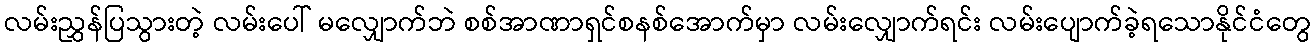
လမ်းညွှန်ပြသွားတဲ့ လမ်းပေါ် မလျှောက်ဘဲ စစ်အာဏာရှင်စနစ်အောက်မှာ လမ်းလျှောက်ရင်း လမ်းပျောက်ခဲ့ရသောနိုင်ငံတွေ